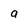
Character: a